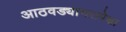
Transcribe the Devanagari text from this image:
आठवड्याभरापेक्षा